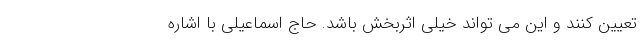
تعیین کنند و این می تواند خیلی اثربخش باشد. حاج اسماعیلی با اشاره